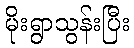
မိုးရွာသွန်းပြီး